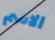
الاسم